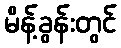
မိန့်ခွန်းတွင်